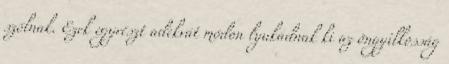
szólnak. Ezek egyrészt adekvát módon lyukadnak ki az öngyilkosság